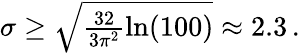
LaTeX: \begin{array}{r}{\sigma\geq\sqrt{\frac{32}{3\pi^{2}}\ln(100)}\approx 2.3\, .}\end{array}